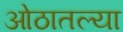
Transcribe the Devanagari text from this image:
ओठातल्या